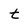
Character: t